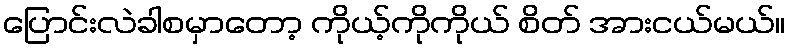
ပြောင်းလဲခါစမှာတော့ ကိုယ့်ကိုကိုယ် စိတ် အားငယ်မယ်။